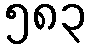
၅၈၃